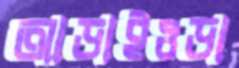
আড়াইওড়া